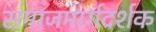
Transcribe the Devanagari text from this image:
समाजमार्गदर्शक